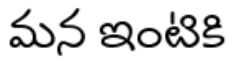
మన ఇంటికి